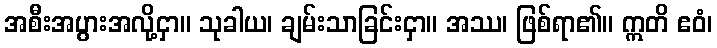
အစီးအပွားအလို့ငှာ။ သုခါယ၊ ချမ်းသာခြင်းငှာ။ အဿ၊ ဖြစ်ရာ၏။ ဣတိ ဧဝံ၊